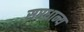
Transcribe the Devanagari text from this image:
सप्तधान्य